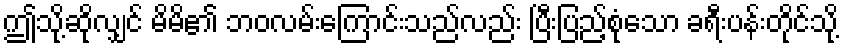
ဤသို့ဆိုလျှင် မိမိ၏ ဘဝလမ်းကြောင်းသည်လည်း ပြီးပြည့်စုံသော ခရီးပန်းတိုင်သို့